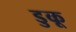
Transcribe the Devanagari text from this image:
डुकू